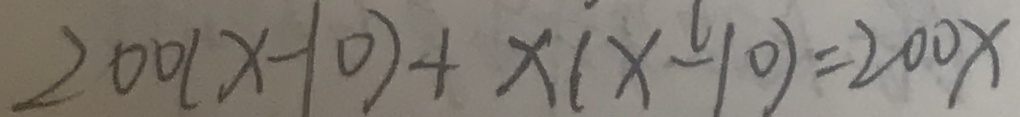
2 0 0 ( x - 1 0 ) + x ( x - 1 0 ) = 2 0 0 x